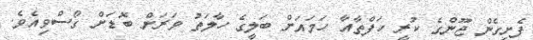
ފެށިގެން ޖޫންގެ ކުރީ ހަފްތާއާ ހަމައަށް ބަލީގެ ހާލަތު ވަރަށް ބޮޑަށް ގޯސްވިއެވެ.